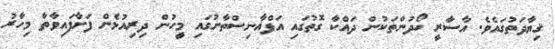
ޤިޔާދަތުގައެވެ. އާސާރީ ހޯދުންތަކުން ދައްކާ ގޮތުގައި އަފްޣާނިސްތާނުގައި މީހުން ދިރިއުޅެން ފަށާފައިވާތާ މިހާރު